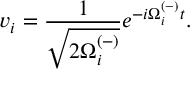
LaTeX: v _ { i } = \frac { 1 } { \sqrt { 2 \Omega _ { i } ^ { ( - ) } } } e ^ { - i \Omega _ { i } ^ { ( - ) } t } .